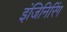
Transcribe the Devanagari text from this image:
इंजिनिरिंग